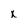
Character: X